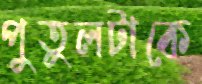
পুতুলটাকে